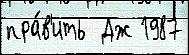
пра́в'ить  Дж 1987